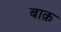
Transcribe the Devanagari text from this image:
बाक़